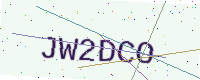
Text: JW2DCO